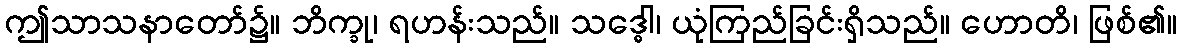
ဤသာသနာတော်၌။ ဘိက္ခု၊ ရဟန်းသည်။ သဒ္ဓေါ၊ ယုံကြည်ခြင်းရှိသည်။ ဟောတိ၊ ဖြစ်၏။